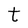
Character: t